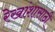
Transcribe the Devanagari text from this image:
रेखांशासाठी